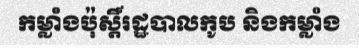
កម្លាំងប៉ុស្តិ៍រដ្ឋបាលកូប និងកម្លាំង